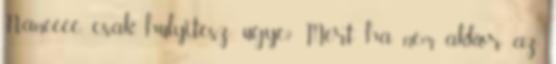
Naneeee. csak hulyitesz, ugye? Mert ha nem akkor az